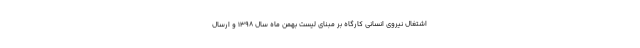
اشتغال نیروی انسانی کارگاه بر مبنای لیست بهمن ماه سال ۱۳۹۸ و ارسال